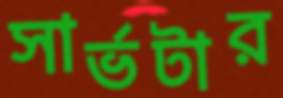
সার্ভটার